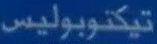
تيكتوبوليس